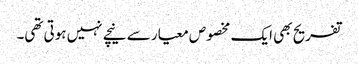
تفریح بھی ایک مخصوص معیار سے نیچے نہیں ہوتی تھی۔